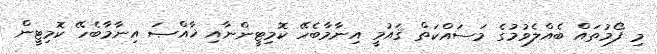
މި ފޯމުތައް ބެއްލެވުމުގެ މަސައްކަތް ޤައުމީ އިނާމާބެހޭ ކޮމިޓީންނާއި ޚާއްޞަ އިނާމާބެހޭ ކޮމިޓީން